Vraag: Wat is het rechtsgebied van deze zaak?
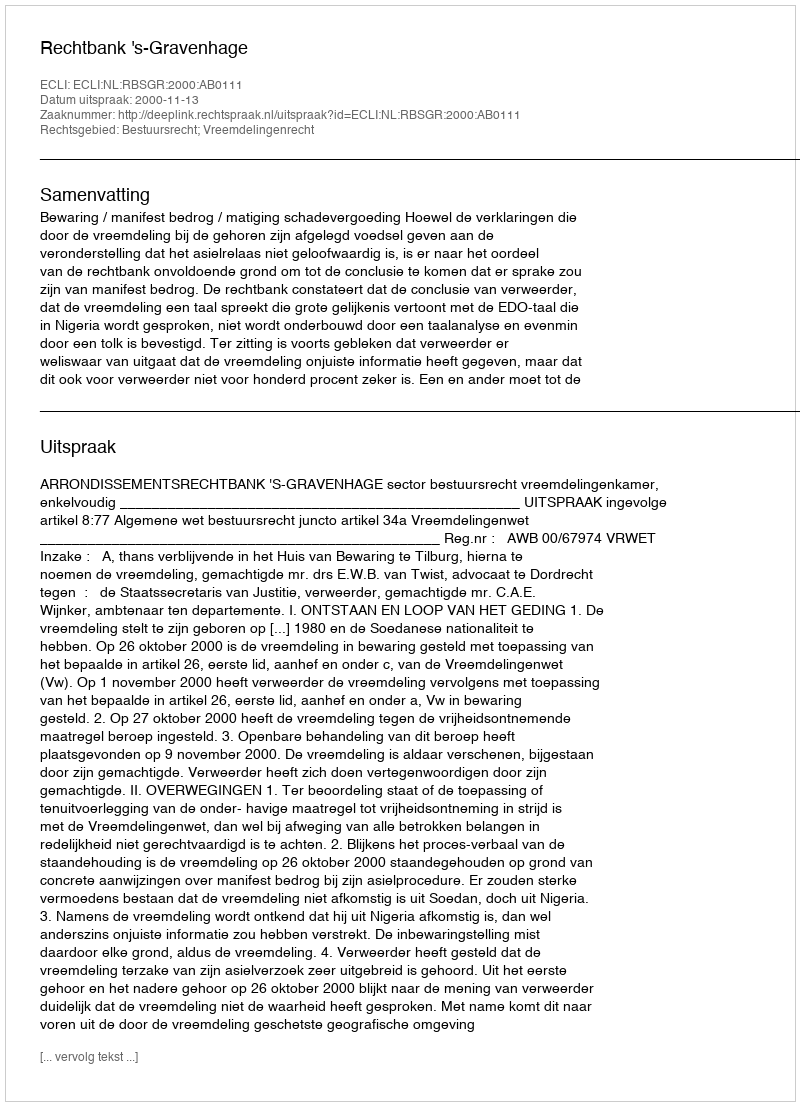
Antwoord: Bestuursrecht; Vreemdelingenrecht